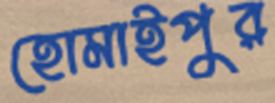
হোমাইপুর